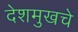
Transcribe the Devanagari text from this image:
देशमुखचे